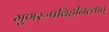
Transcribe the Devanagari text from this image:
गुणरूपविहीनत्वात्